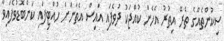
ސިކުންތެއްގެ ތެރޭ އިތުރު އެހެން ކުއްޖަކު ދުވެފައި އައިސް އެތަނަށް ހުއްޓިފައި ކަންބޮޑުވެފައިވާ